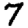
Digit: 7